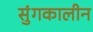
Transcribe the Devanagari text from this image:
सुंगकालीन